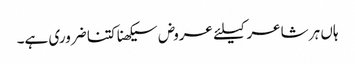
ہاں ہر شاعر کیلئے عروض سیکھنا کتنا ضروری ہے۔